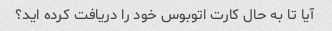
آیا تا به حال کارت اتوبوس خود را دریافت کرده اید؟